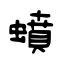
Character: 蟦